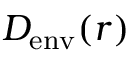
D _ { \mathrm { e n v } } ( r )